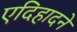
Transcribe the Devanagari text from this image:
एदिहादने